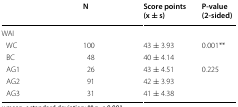
|  | N | Score points (x ± s) | P-value (2-sided) |
 | --- | --- | --- | --- |
 | WAI |  |  |  |
 | WC | 100 | 43 ± 3.93 | <ROWSPAN=2> 0.001** |
 | BC | 48 | 40 ± 4.14 |
 | AG1 | 26 | 43 ± 4.51 | <ROWSPAN=3> 0.225 |
 | AG2 | 91 | 42 ± 3.93 |
 | AG3 | 31 | 41 ± 4.38 |